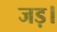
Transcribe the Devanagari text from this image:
जड़।